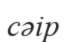
сәір